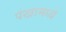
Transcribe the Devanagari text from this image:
पंखामध्ये